Annual statistical returns and brief notes on vaccination in Bengal - 1896-1909
Year: 1896
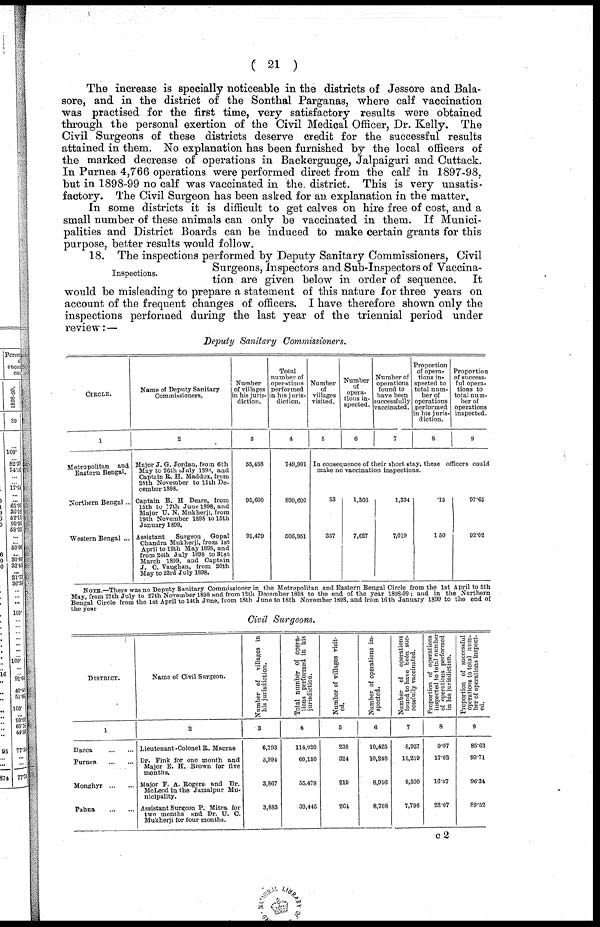
( 21 )
The increase is specially noticeable in the districts of Jessore and Bala¬
sore, and in the district of the Sonthal Parganas, where calf vaccination
was practised for the first time, very satisfactory results were obtained
through the personal exertion of the Civil Medical Officer, Dr. Kelly. The
Civil Surgeons of these districts deserve credit for the successful results
attained in them. No explanation has been furnished by the local officers of
the marked decrease of operations in Backerguuge, Jalpaiguri and Cuttack.
In Purnea 4,766 operations were performed direct from the calf in 1897-98,
but in 1898-99 no calf was vaccinated in the. district. This is very unsatis-
factory. The Civil Surgeon has been asked for an explanation in the matter.
In some districts it is difficult to get calves on hire free of cost, and a
small number of these animals can only be vaccinated in them. If Munici-
palities and District Boards can be induced to make certain grants for this
purpose, better results would follow.
Inspections.
18. The inspections performed by Deputy Sanitary Commissioners, Civil
Surgeons, Inspectors and Sub-Inspectors of Vaccina-
tion are given below in order of sequence. It
would be misleading to prepare a statement of this nature for three years on
account of the frequent changes of officers. I have therefore shown only the
inspections performed during the last year of the triennial period under
review:—
Deputy Sanitary Commissioners.
CIRCLE.
1
Metropolitan and
Eastern Bengal.
Northern Bengal...
Western Bengal ...
Name of Deputy Sanitary
Commissioners.
2
Major J. G. Jordan, from 6th
May to 26th July 1898, and
Captain R. H. Maddox, from
28th November to 11th De-
cember 1898.
Captain B. H Deare, from
15th to 77th June 1898, and
Major U. N. Mukherji, from
19th November 1898 to 15th
January 1899.
Assistant
Surgeon Gopal
Chandra Mukherji, from 1st
April to 19th May 1898, and
from 24th July 1898 to 31st
March 1899, and Captain
J. C. Vaughan, from 20th
May to 23rd July 1898.
Number
of villages
in his juris-
diction.
3
55,468
95,690
91,479
Total
number of
operations
performed
in his juris-
diction.
4
749,901
890,600
506,951
Number
of
villages
visited.
5
Number
of
opera-
tions in-
spected.
6
Number of
operations
found to
have been
successfully
vaccinated.
7
Proportion
of opera-
tions in-
spected to
total num-
ber of
operations
performed
in his juris-
diction.
8
Proportion
of success-
--l opera-
tions to
total num-
ber of
operations
inspected.
9
In consequence of their short stay, these officers could
make no vaccination inspections.
53
357
1,366
7,627
1,334
7,019
.15
1.50
97.65
92.02
NOTE, —There was no Deputy Sanitary Commissioner in the Metropolitan and Eastern Bengal Circle from the 1st April to 5th
May, from 27th July to 27th November 1898 and from 12th December 1898 to the end of the year 1898-99; and in the Northern
Bengal Circle from the 1st April to 14th June, from 18th June to 18th November 1898, and from 16th January 1899 to the end of
the year
Civil Surgeons.
DISTRICT.
1
Dacca
...
...
Purnea
...
...
Monghyr
...
...
Pabna
...
...
Name of Civil Surgeon.
2
Lieutenant -Colonel R. Macrae
Dr. Fink for one month and
Major E. H. Brown for five
months.
Major P. A. Rogers and Dr.
McLeod in the Jumalpur Mu-
nicipality.
Assistant Surgeon P. Mitra for
two months and Dr. U. C.
Mukherji for four months.
Number of villages in
his jurisdiction.
3
6,793
5,994
3,867
3,883
Total number of opera-
tions performed in his
jurisdiction.
4
114,920
60,150
55,478
39,445
Number of villages visit-
ed.
5
238
324
219
264
Number of operations in-
spected.
6
10,425
10,248
8,916
8,708
Number of operations
found to have been suc-
cessfully vaccinated.
7
8,927
10,219
8,590
7,796
Proportion of operations
inspected to total number
of operations performed
in his jurisdiction.
8
9.07
17.03
16.07
22.07
Proportion of successful
operations to total num-
ber of operations inspect-
ed.
9
85.63
99.71
96.34
89.52
c2